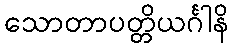
သောတာပတ္တိယင်္ဂါနိ